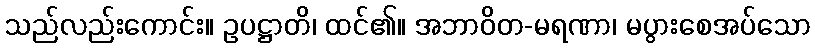
သည်လည်းကောင်း။ ဥပဋ္ဌာတိ၊ ထင်၏။ အဘာဝိတ-မရဏာ၊ မပွားစေအပ်သော